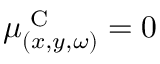
\mu _ { ( x , y , \omega ) } ^ { \textrm { C } } = 0